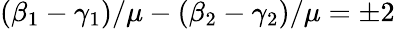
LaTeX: (\beta_{1}-\gamma_{1})/\mu-(\beta_{2}-\gamma_{2})/\mu=\pm 2